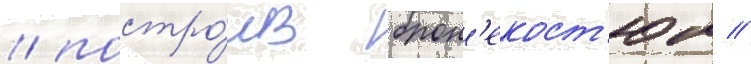
/ постро́ив брон'екост'юм //